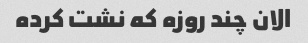
الان چند روزه که نشت کرده